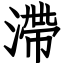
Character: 滯